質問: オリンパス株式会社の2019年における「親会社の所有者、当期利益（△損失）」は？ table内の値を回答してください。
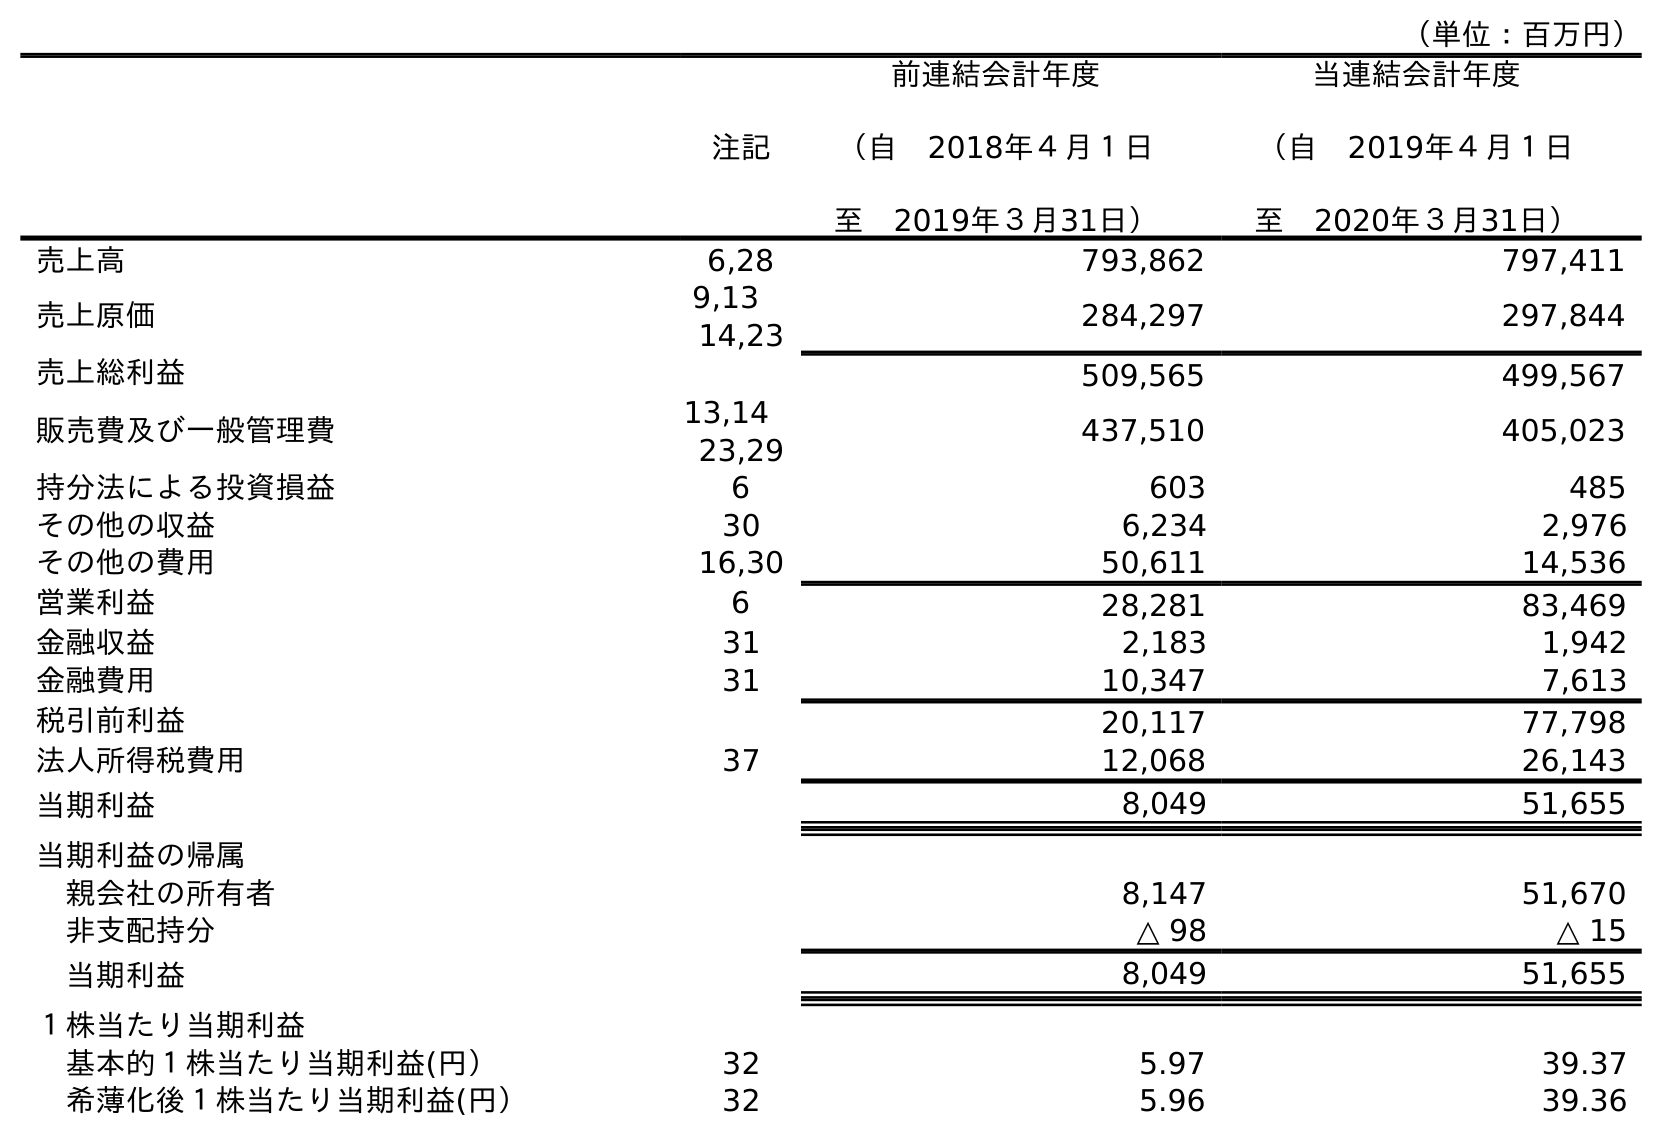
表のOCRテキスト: （単位：百万円） 注記 前連結会計年度 （自 2018年４月１日 至 2019年３月31日） 当連結会計年度 （自 2019年４月１日 至 2020年３月31日） 売上高 6,28 793,862 797,411 売上原価 9,13  14,23 284,297 297,844 売上総利益 509,565 499,567 販売費及び一般管理費 13,14  23,29 437,510 405,023 持分法による投資損益 6 603 485 その他の収益 30 6,234 2,976 その他の費用 16,30 50,611 14,536 営業利益 6 28,281 83,469 金融収益 31 2,183 1,942 金融費用 31 10,347 7,613 税引前利益 20,117 77,798 法人所得税費用 37 12,068 26,143 当期利益 8,049 51,655 当期利益の帰属 親会社の所有者 8,147 51,670 非支配持分 △ 98 △ 15 当期利益 8,049 51,655 １株当たり当期利益 基本的１株当たり当期利益(円） 32 5.97 39.37 希薄化後１株当たり当期利益(円） 32 5.96 39.36
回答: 8,147